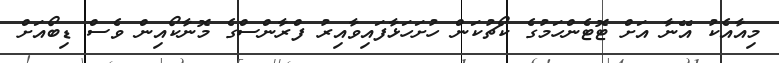
މިއާއެކު އޭނާ އަށް ޓޮޓެންހަމުގެ ކޯޗުކަން ހުށަހަޅާފައިވާއިރު ފްރާންސްގެ މޮނާކޯއިން ވެސް ޑިބޯއަށް